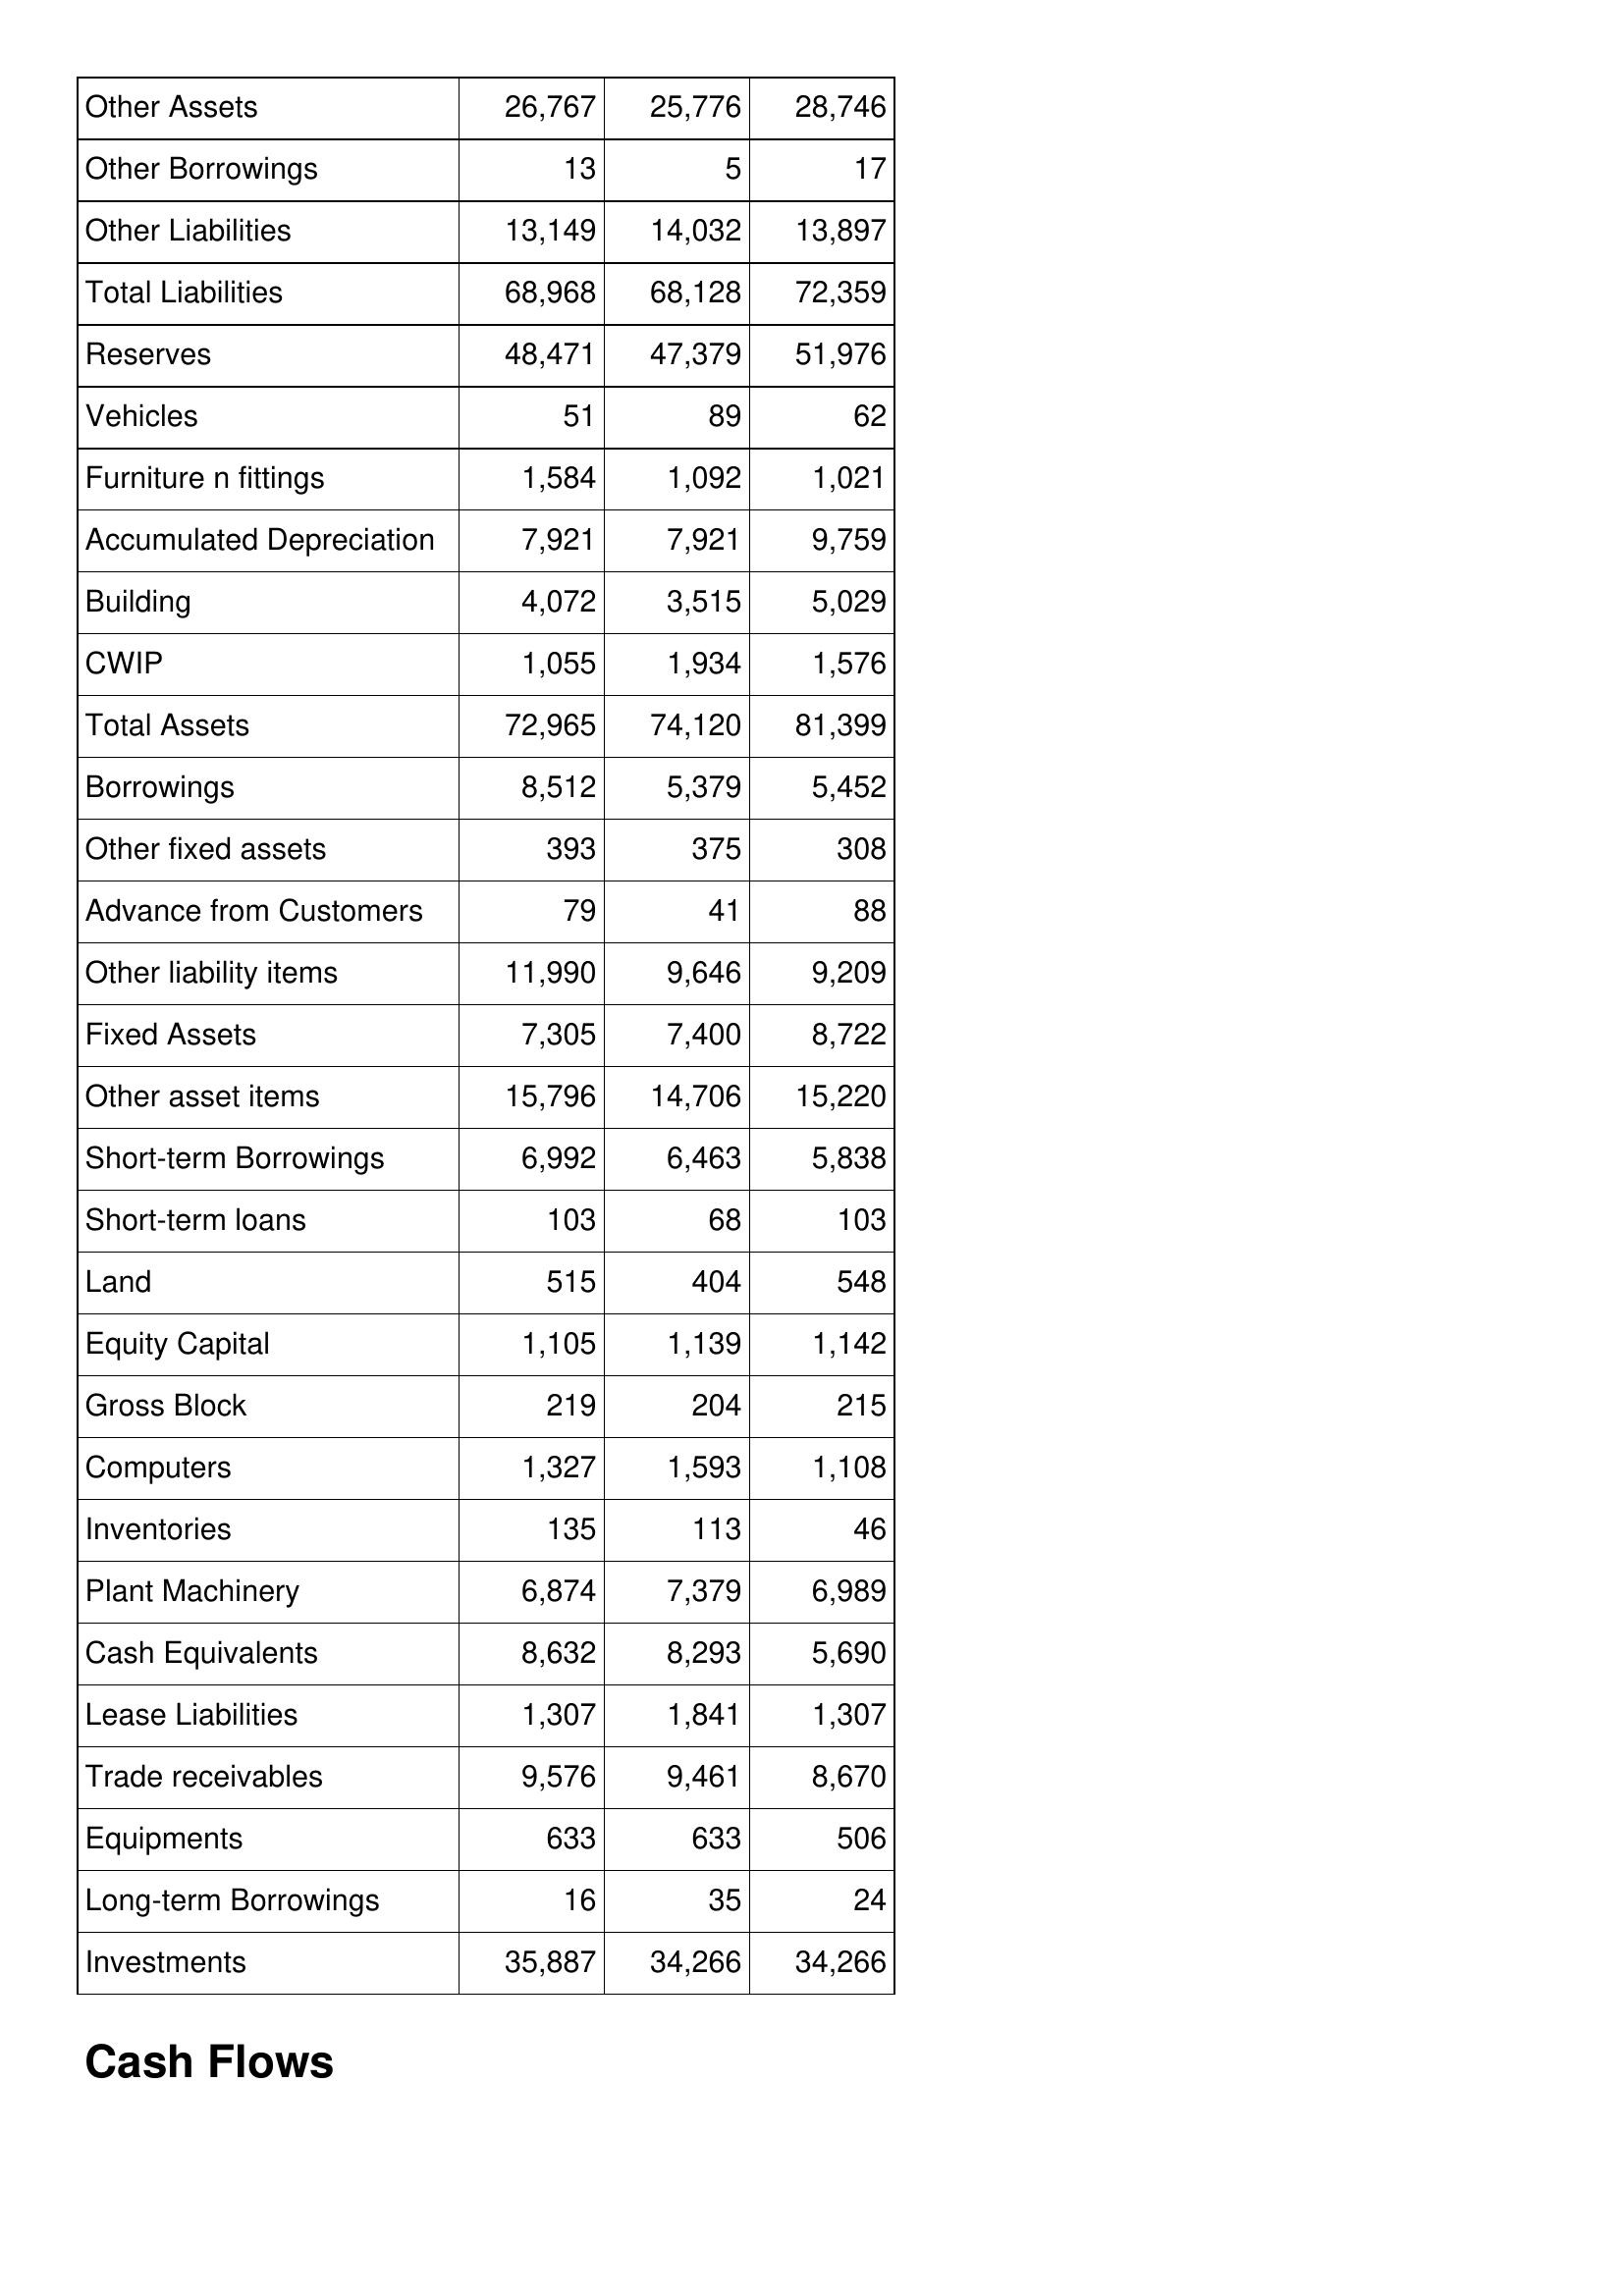
May-10: Balance Sheet: Other Assets: 26,767
Other Borrowings: 13
Other Liabilities: 13,149
Total Liabilities: 68,968
Reserves: 48,471
Vehicles: 51
Furniture n fittings: 1,584
Accumulated Depreciation: 7,921
Building: 4,072
CWIP: 1,055
Total Assets: 72,965
Borrowings: 8,512
Other fixed assets: 393
Advance from Customers: 79
Other liability items: 11,990
Fixed Assets: 7,305
Other asset items: 15,796
Short-term Borrowings: 6,992
Short-term loans: 103
Land: 515
Equity Capital: 1,105
Gross Block: 219
Computers: 1,327
Inventories: 135
Plant Machinery: 6,874
Cash Equivalents: 8,632
Lease Liabilities: 1,307
Trade receivables: 9,576
Equipments: 633
Long-term Borrowings: 16
Investments: 35,887
May-09: Balance Sheet: Other Assets: 25,776
Other Borrowings: 5
Other Liabilities: 14,032
Total Liabilities: 68,128
Reserves: 47,379
Vehicles: 89
Furniture n fittings: 1,092
Accumulated Depreciation: 7,921
Building: 3,515
CWIP: 1,934
Total Assets: 74,120
Borrowings: 5,379
Other fixed assets: 375
Advance from Customers: 41
Other liability items: 9,646
Fixed Assets: 7,400
Other asset items: 14,706
Short-term Borrowings: 6,463
Short-term loans: 68
Land: 404
Equity Capital: 1,139
Gross Block: 204
Computers: 1,593
Inventories: 113
Plant Machinery: 7,379
Cash Equivalents: 8,293
Lease Liabilities: 1,841
Trade receivables: 9,461
Equipments: 633
Long-term Borrowings: 35
Investments: 34,266
May-08: Balance Sheet: Other Assets: 28,746
Other Borrowings: 17
Other Liabilities: 13,897
Total Liabilities: 72,359
Reserves: 51,976
Vehicles: 62
Furniture n fittings: 1,021
Accumulated Depreciation: 9,759
Building: 5,029
CWIP: 1,576
Total Assets: 81,399
Borrowings: 5,452
Other fixed assets: 308
Advance from Customers: 88
Other liability items: 9,209
Fixed Assets: 8,722
Other asset items: 15,220
Short-term Borrowings: 5,838
Short-term loans: 103
Land: 548
Equity Capital: 1,142
Gross Block: 215
Computers: 1,108
Inventories: 46
Plant Machinery: 6,989
Cash Equivalents: 5,690
Lease Liabilities: 1,307
Trade receivables: 8,670
Equipments: 506
Long-term Borrowings: 24
Investments: 34,266